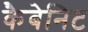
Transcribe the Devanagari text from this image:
कैबेनिट